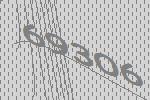
69306